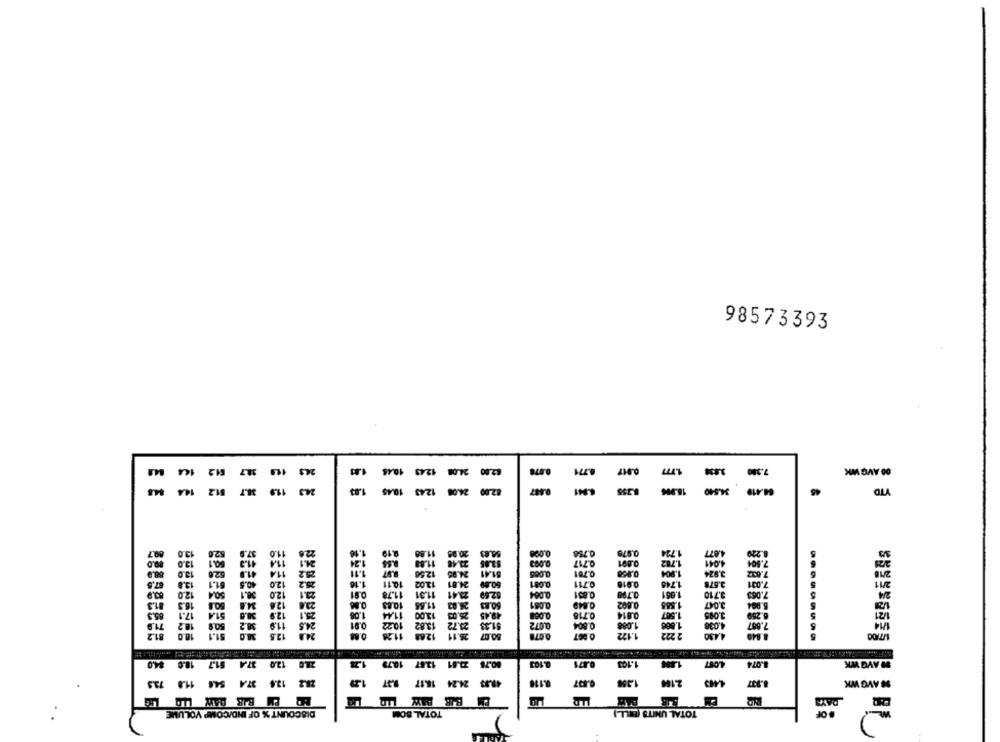
98573393
10.45
124
12.00 24.08
4.771
im
7.380
00 AVG WK
3.834
14.4
512
119
24.3
1.83
24.08 1245 10:45
82.00
8.355
34.540
64.419
45
YTD
3/3
89.7
13.0
13.0
11.0
20.95
54.83
0.000
0.758
0.979
1.724
220
23.48
0.717
0.001
88.9
1.0
24.95
51.4
0.701
13.8
10.5
2.0
11.02
24.81
0.001
0.711
0.918
1.744
2.677
001
2/11
12 0
504
20
11.31
23.41
62.69
0.084
0.831
0.790
16.3
10.83
11.56
26.03
50.83
0.051
0,002
1.585
3.047
17.1
51.4
12.5
11.44
13.00
25.03
0.814
3.095
250
0.81
13.82
21.72
0.072
1.088
4.038
.887
71.9
18.7
38.2
91.33
81.2
10.0
51.1
12.5
24.2
12.68
26.11
50.07
0.007
1.122
2 222
4.4.30
37.4 61.7 18.0 84.0
21.0 12.0
10.79
13.67
MAYO WK
80.75
0.471
1.103
LOFT
1.074
13.6 37.4 54.6 11.8 73.5
24.24
49.93
0.197
2.166
4.443
8.937
98 AVG WK
ED EM BIR BAW LLQ WE
EM
EM
DISCOUNT % OF IND/COMP VOLUME
TOTAL SOM
TOTAL UNITS (BILL)